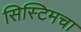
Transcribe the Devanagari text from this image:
सिस्टिमचा